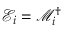
\mathcal { E } _ { i } = \mathcal { M } _ { i } ^ { \dag }